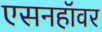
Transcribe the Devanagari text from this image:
एसनहॉवर